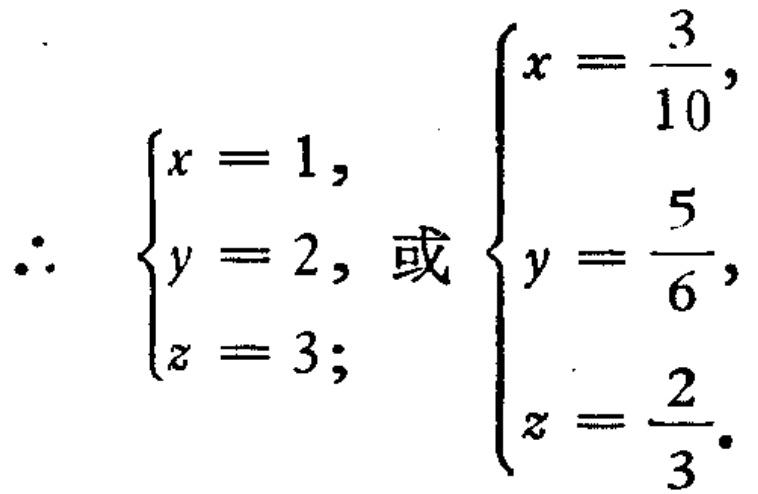
\[\therefore \begin{cases}
x = 1,\\
y = 2,\\
z = 3;
\end{cases}\text{或}\begin{cases}
x=\dfrac{3}{10},\\
y=\dfrac{5}{6},\\
z=\dfrac{2}{3}.
\end{cases}\]